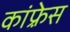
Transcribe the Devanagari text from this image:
कांफ़्रेस